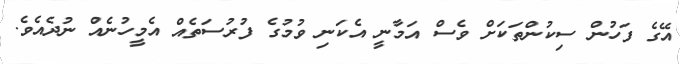
އޭގެ ފަހުން ސިކުންތަކަށް ވެސް އަމާނީ އެކަނި ވުމުގެ ފުރުސަތެއް އެމީހުނެއް ނުދެއެވެ.